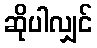
ဆိုပါလျှင်